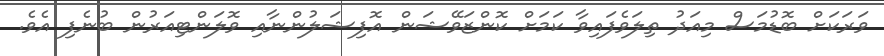
ވަރަކަށް ބޮޑުމަސް މިއަދު ތިލަވެފައިވާ ކަމަށް ކޮންޒަވޭޝަން އޮފިޝަލުންނާއި ވޮލަންޓިއަރުން ބުނެފި އެވެ.